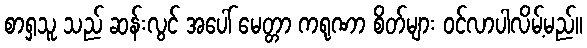
စာရှသူ သည် ဆန်းလွင် အပေါ် မေတ္တာ ကရုဏာ စိတ်များ ဝင်လာပါလိမ့်မည်။